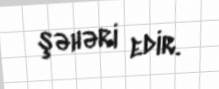
şəhəri edir.